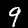
Digit: 9